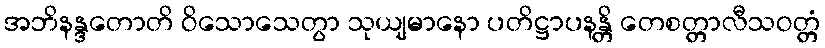
အဘိနန္ဒတောတိ ဝိသောသေတွာ သုယျမာနော ပတိဋ္ဌာပနန္တိ တေစတ္တာလီသဝတ္တံ